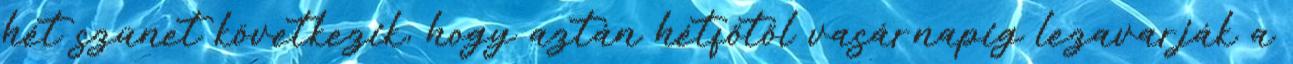
hét szünet következik, hogy aztán hétfőtől vasárnapig lezavarják a